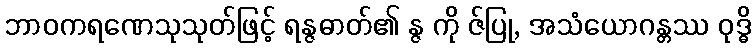
ဘာဝကရဏေသုသုတ်ဖြင့် ရန္ဇဓာတ်၏ န္ဇ ကို ဇ်ပြု, အသံယောဂန္တဿ ဝုဒ္ဓိ